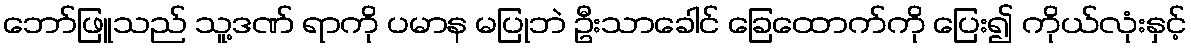
ဘော်ဖြူသည် သူ့ဒဏ် ရာကို ပမာန မပြုဘဲ ဦးသာခေါင် ခြေထောက်ကို ပြေး၍ ကိုယ်လုံးနှင့်